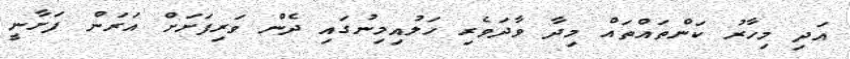
އަދި މިހާރު ކަންތައްތައް މިދާ ވާދަވެރި ހަލުއިމިނުގައި ދެން ވަރިފަށަށް އަރަން ފަށާނީ